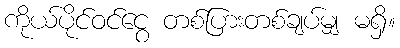
ကိုယ်ပိုင်ဝင်ငွေ တစ်ပြားတစ်ချပ်မျှ မရှိ။